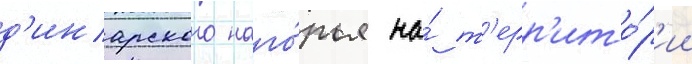
д'инарского наго́рья на́ т'ерр'ито́р'ии